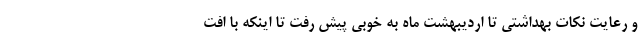
و رعایت نکات بهداشتی تا اردیبهشت ماه به خوبی پیش رفت تا اینکه با افت